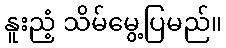
နူးညံ့ သိမ်မွေ့ပြမည်။